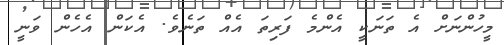
މީހުންނަށް އެ ތަނަކީ އެންމެ ފަރިތަ އެއް ތަނެވެ. އެކަން އެހެން ވަނީ